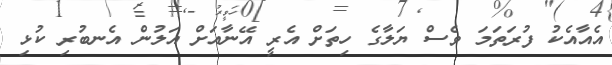
އެއާއެކު ފުރަތަމަ ވެސް ޔަލާގެ ހިތަށް އެރީ އޭނާއަށް އަލުން އެނބުރި ކުޅި